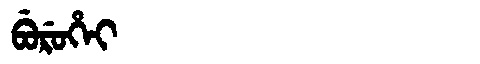
Manchu: ᠪᡠᡵᡠᡥᡝᡳ
Romanization: BURUHEI